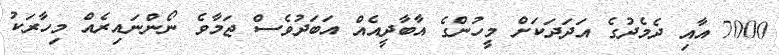
7000 އާއި ދެމެދުގެ އަދަދަކަށް މީހުންގެ އާބާދީއެއް އަބަދުވެސް ޖަމާވެ ނޯންނައިރެއް މިހާރަކު